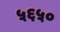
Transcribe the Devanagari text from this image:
५६५०